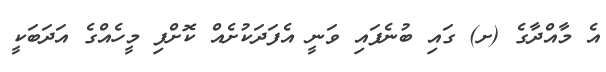
އެ މާއްދާގެ (ށ) ގައި ބުނެފައި ވަނީ އެފަދަކުށެއް ކޮށްފި މީހެއްގެ އަދަބަކީ